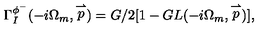
\Gamma _ { I } ^ { \phi ^ { - } } ( - i \Omega _ { m } , \stackrel { \rightharpoonup } { p } ) = G / 2 [ 1 - G L ( - i \Omega _ { m } , \stackrel { \rightharpoonup } { p } ) ] ,